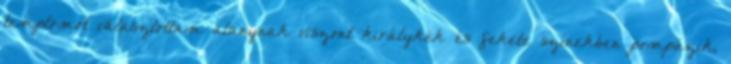
templomot választottam alanynak viszont királykék és fekete színekben pompázik,